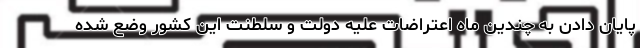
پایان دادن به چندین ماه اعتراضات علیه دولت و سلطنت این کشور وضع شده